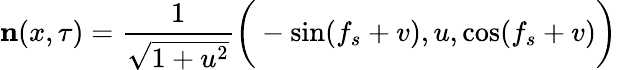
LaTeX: {\mathbf n}(x,\tau)=\frac{1}{\sqrt{1+u^{2}}}\bigg(-\sin(f_{s}+v),u,\cos(f_{s}+v)\bigg)